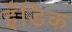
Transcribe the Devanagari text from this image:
इँडिक